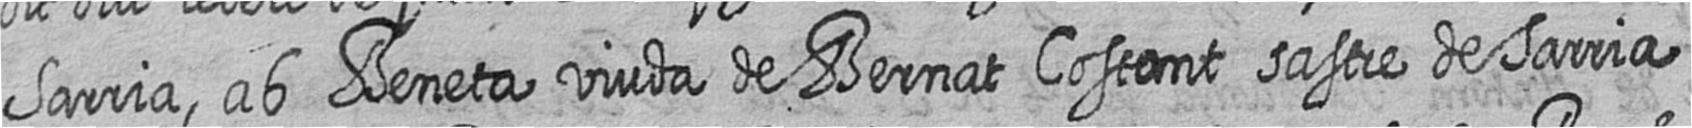
Sarria ab Beneta viuda de Bernat Costant sastre de Sarria